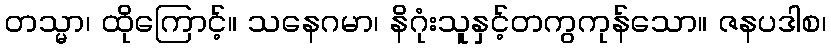
တသ္မာ၊ ထိုကြောင့်။ သနေဂမာ၊ နိဂုံးသူနှင့်တကွကုန်သော။ ဇနပဒါစ၊